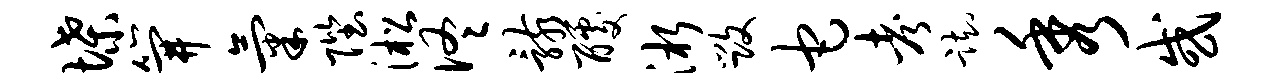
堞笄气陛淞佟骸醵淅毁它考踟秀或